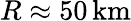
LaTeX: R\approx 50\, {\mathrm{km}}